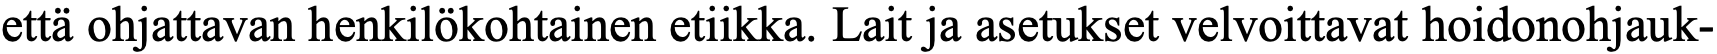
että ohjattavan henkilökohtainen etiikka. Lait ja asetukset velvoittavat hoidonohjauk-